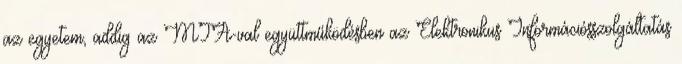
az egyetem, addig az MTA-val együttműködésben az Elektronikus Információsszolgáltatás